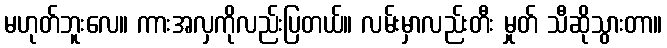
မဟုတ်ဘူးလေ။ ကားအလှကိုလည်းပြတယ်။ လမ်းမှာလည်းတီး မှုတ် သီဆိုသွားတာ။